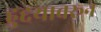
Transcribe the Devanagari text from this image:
हुद्दयावरून